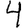
Digit: 4